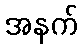
အနက်